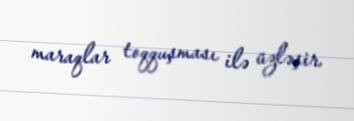
maraqlar toqquşması ilə üzləşir.